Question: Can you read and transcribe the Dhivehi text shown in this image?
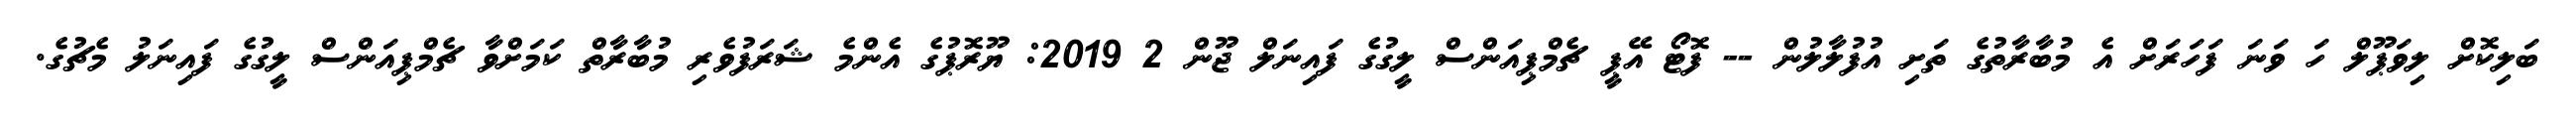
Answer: ބަލިކޮށް ލިވަޕޫލް ހަ ވަނަ ފަހަރަށް އެ މުބާރާތުގެ ތަށި އުފުލާލުން -- ފޮޓޯ އޭޕީ ޗެމްޕިއަންސް ލީގުގެ ފައިނަލް ޖޫން 2 2019: ޔޫރޮޕުގެ އެންމެ ޝަރަފުވެރި މުބާރާތް ކަމަށްވާ ޗެމްޕިއަންސް ލީގުގެ ފައިނަލު މެޗުގެ.